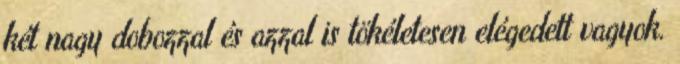
két nagy dobozzal és azzal is tökéletesen elégedett vagyok.